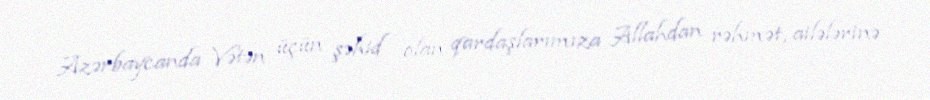
Azərbaycanda Vətən üçün şəhid olan qardaşlarımıza Allahdan rəhmət, ailələrinə